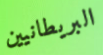
البريطانيين